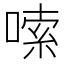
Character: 嗦